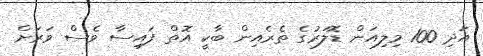
އަދި 100 މިލިއަން ޑޮލަރުގެ ތެރެއިން ބާކީ އޮތް ފައިސާ ވެސް ވަރަށް